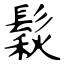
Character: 鬏